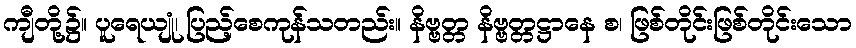
ကျီတို့၌။ ပူရေယျုံ၊ ပြည့်စေကုန်သတည်း။ နိဗ္ဗတ္တ နိဗ္ဗတ္တဋ္ဌာနေ စ၊ ဖြစ်တိုင်းဖြစ်တိုင်းသော